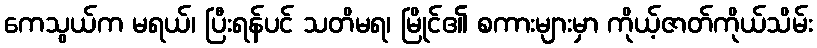
ကေသွယ်က မရယ်၊ ပြီးရန်ပင် သတိမရ၊ မြိုင်၏ စကားများမှာ ကိုယ့်ဇာတ်ကိုယ်သိမ်း